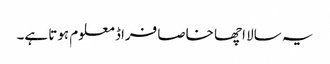
یہ سالا اچھا خاصا فراڈ معلوم ہوتا ہے۔